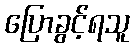
ပြောခွင့်ရသူ